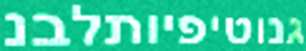
גנוטיפיותלבנ